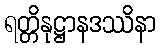
ရတ္တိနုဋ္ဌာနဒဿိနာ